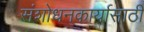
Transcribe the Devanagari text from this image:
संशोधनकार्यासाठी